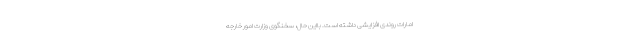
امارات روندی افزایشی داشته است. بااین حال، سخنگوی وزارت امور خارجه